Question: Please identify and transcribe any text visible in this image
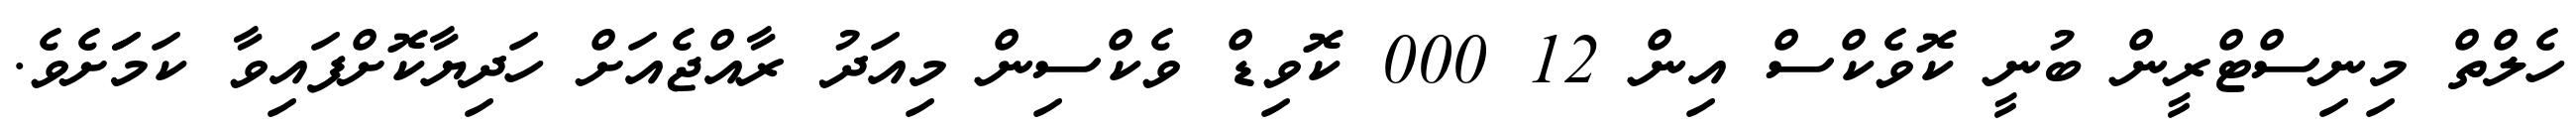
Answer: ހެލްތް މިނިސްޓްރީން ބުނީ ކޮވެކްސް އިން 12 000 ކޮވިޑް ވެކްސިން މިއަދު ރާއްޖެއަށް ހަދިޔާކޮށްފައިވާ ކަމަަށެވެ.